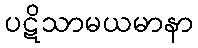
ပဋိသာမယမာနာ